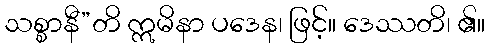
သစ္စာနီ”တိ ဣမိနာ ပဒေန၊ ဖြင့်။ ဒေဿတိ၊ ၏။